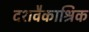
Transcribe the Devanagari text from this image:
दशवैकाश्रिक